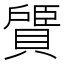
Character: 𫎠